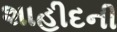
શાહીદની